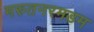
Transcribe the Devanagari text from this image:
मरुतनरमडम